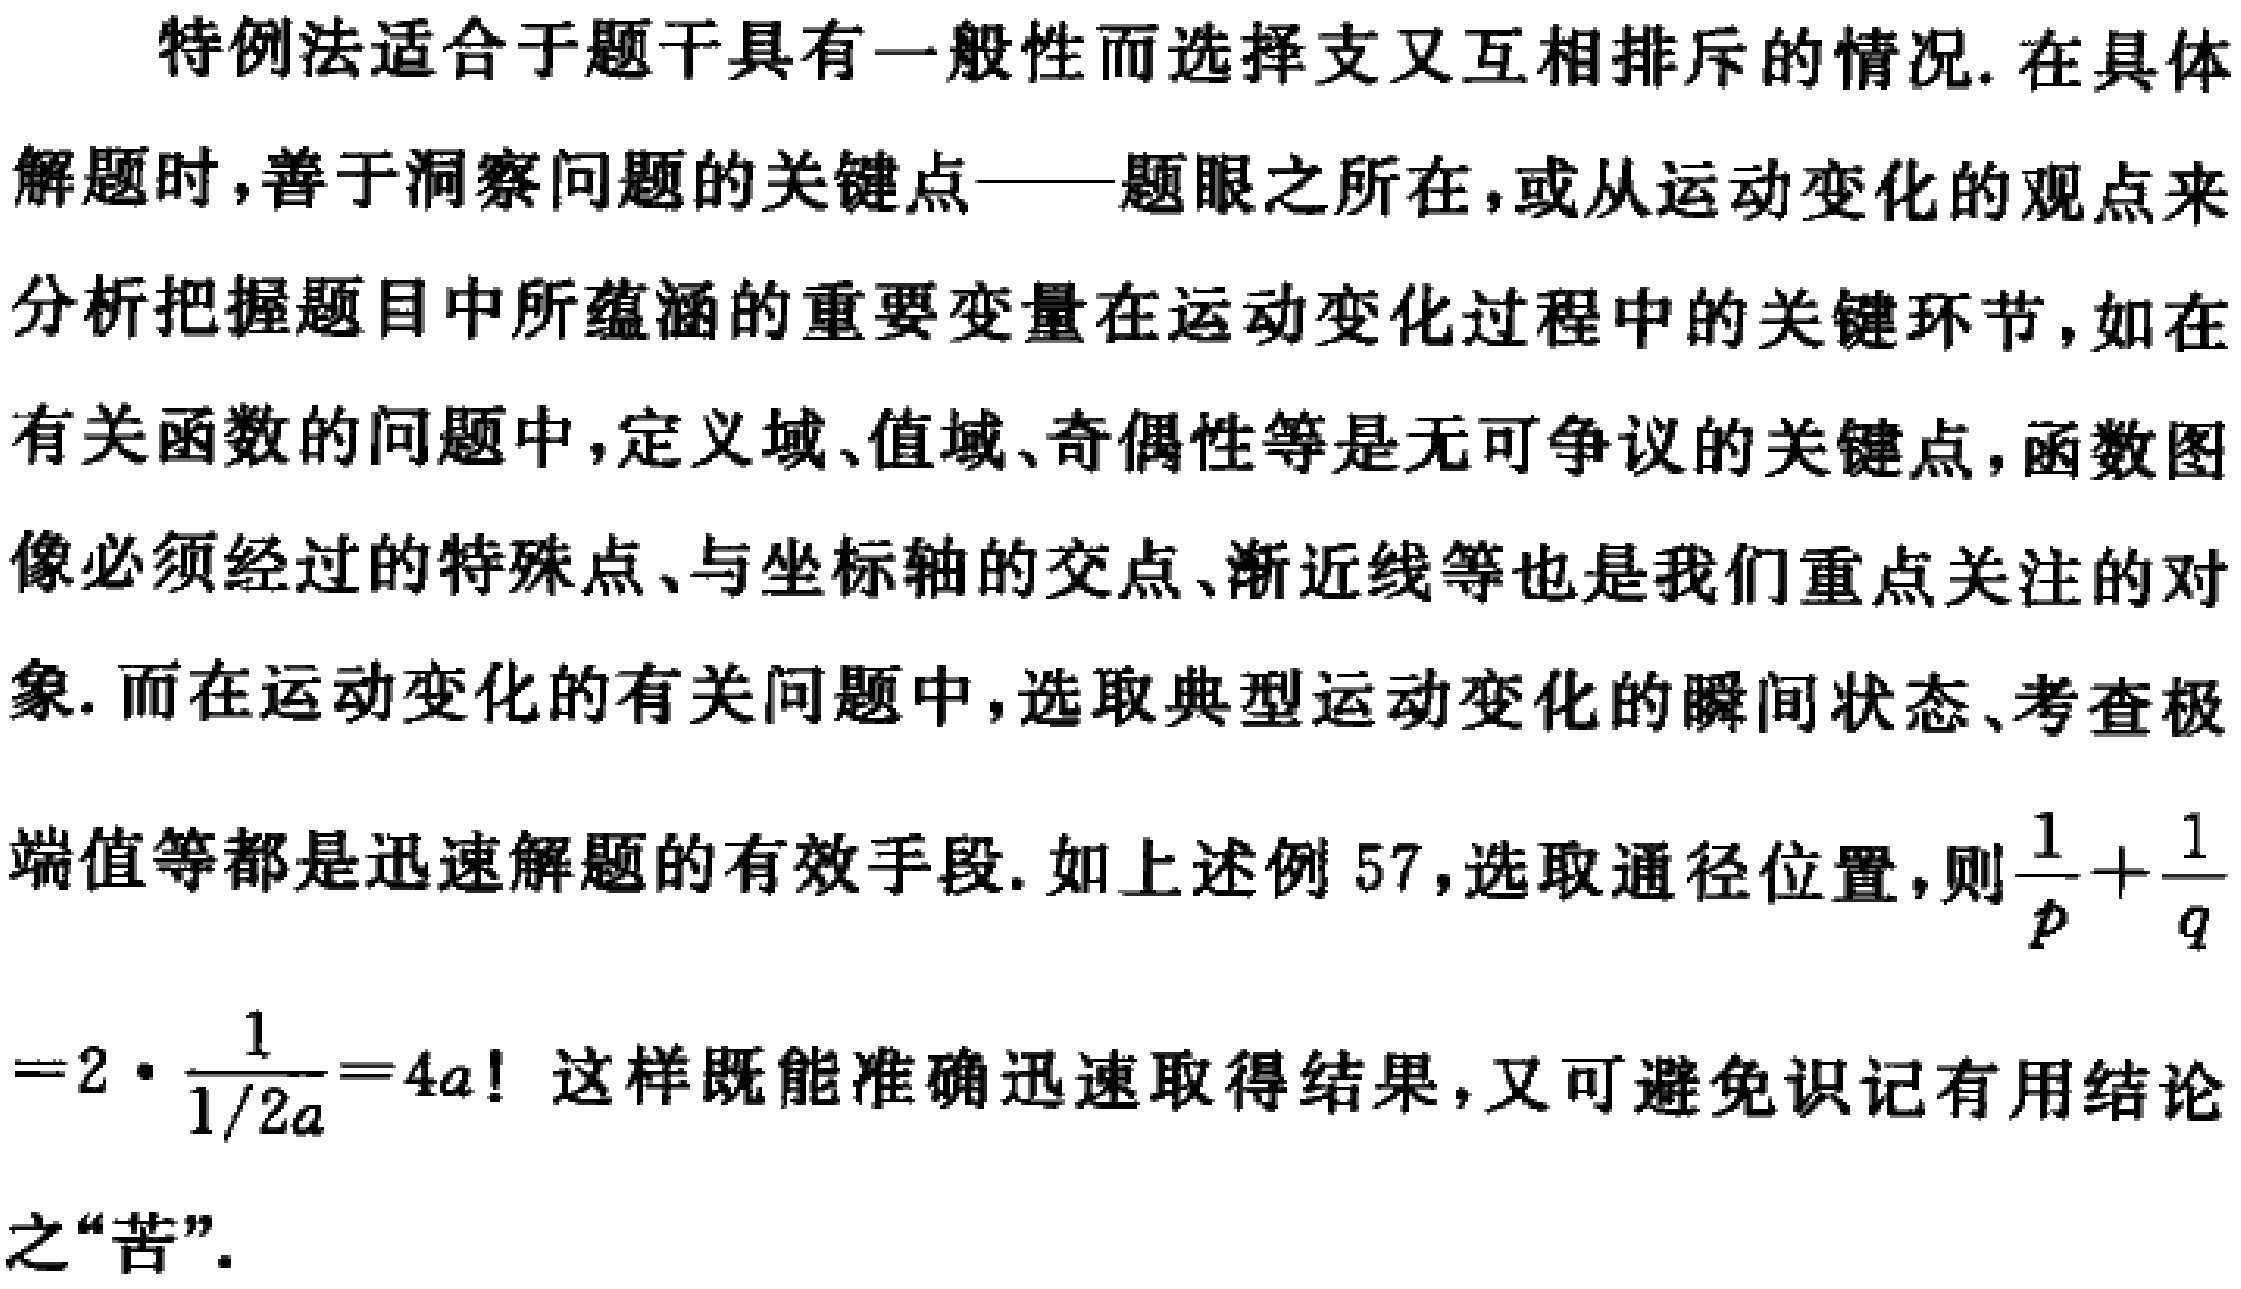
特例法适合于题干具有一般性而选择支又互相排斥的情况. 在具体
解题时，善于洞察问题的关键点——题眼之所在，或从运动变化的观点来
分析把握题目中所蕴涵的重要变量在运动变化过程中的关键环节，如在
有关函数的问题中，定义域、值域、奇偶性等是无可争议的关键点，函数图
像必须经过的特殊点、与坐标轴的交点、渐近线等也是我们重点关注的对
象. 而在运动变化的有关问题中，选取典型运动变化的瞬间状态、考查极
端值等都是迅速解题的有效手段. 如上述例 57，选取通径位置，则$\frac{1}{p}+\frac{1}{q}$
$=2\cdot\frac{1}{1/2a}=4a!$ 这样既能准确迅速取得结果，又可避免识记有用结论
之“苦”.